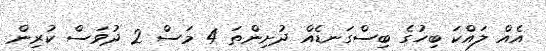
އެއް ލައްކަ ބިހުގެ ބިސްގަނޑެއް ދުށިންތަ 4 މަސް 2 ދުވަސް ކުރިން